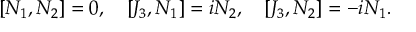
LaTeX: [ N _ { 1 } , N _ { 2 } ] = 0 , \quad [ J _ { 3 } , N _ { 1 } ] = i N _ { 2 } , \quad [ J _ { 3 } , N _ { 2 } ] = - i N _ { 1 } .